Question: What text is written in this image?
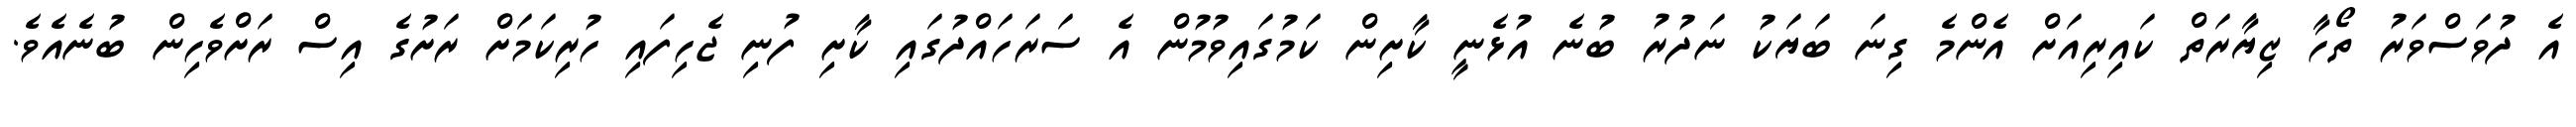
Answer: އެ ދުވަސްވަރު ތޯހާ ޒިޔާރަތް ކައިރިއަށް އެންމެ ގިނަ ބަޔަކު ނަދުރު ބުނެ އުޅެނީ ކާށިން ކަމުގައިވުމުން އެ ސަރަހައްދުގައި ކާށި ފުނި ޖެހިފައި ހުރިކަމަށް ރަށުގެ އިސް ރަށްވެހިން ބުނެއެވެ.